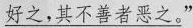
\underline{好之，其不善者恶之。}”